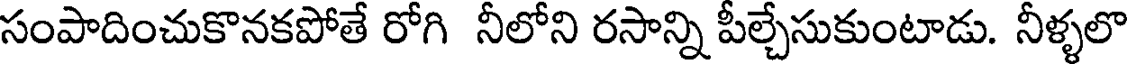
సంపాదించుకొనకపోతే రోగి నీలోని రసాన్ని పీల్చేసుకుంటాడు. నీళ్ళలొ